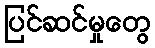
ပြင်ဆင်မှုတွေ